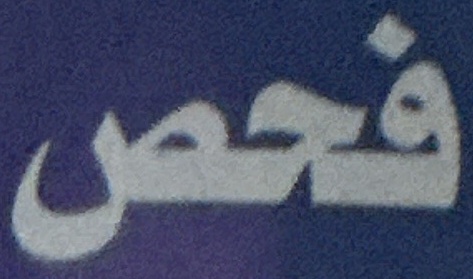
فحص